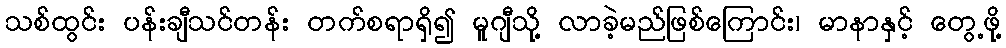
သစ်ထွင်း ပန်းချီသင်တန်း တက်စရာရှိ၍ မူဂျီသို့ လာခဲ့မည်ဖြစ်ကြောင်း၊ မာနာနှင့် တွေ့ဖို့